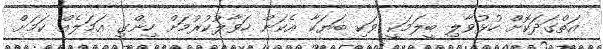
އަތްގަދަކޮށް ހުޅުވާލި ބީލަމަކީ ވަކި ބަޔަކާ އެކަން ހަވާލުކުރުމަށް ހިންގި އަމަލެއް ކަމަށް